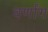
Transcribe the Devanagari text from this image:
वर्णांग